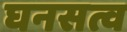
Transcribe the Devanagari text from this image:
घनसत्व